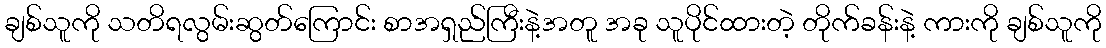
ချစ်သူကို သတိရလွမ်းဆွတ်ကြောင်း စာအရှည်ကြီးနဲ့အတူ အခု သူပိုင်ထားတဲ့ တိုက်ခန်းနဲ့ ကားကို ချစ်သူကို